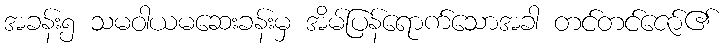
အခန်း၅ သမဝါယမဆေးခန်းမှ အိမ်ပြန်ရောက်သောအခါ တင်တင်ဇော်၏